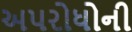
અપરોધોની